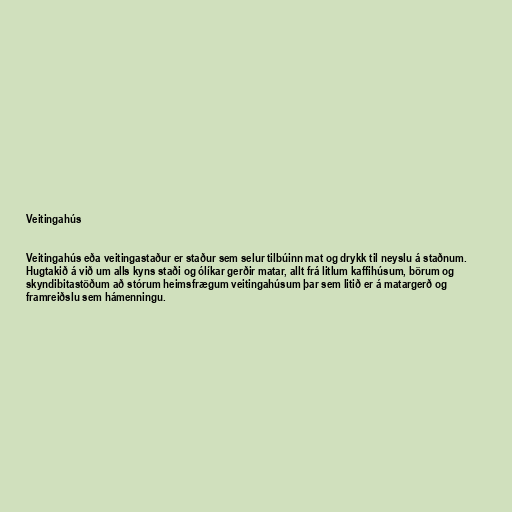
Veitingahús

Veitingahús eða veitingastaður er staður sem selur tilbúinn mat og drykk til neyslu á staðnum.
Hugtakið á við um alls kyns staði og ólíkar gerðir matar, allt frá litlum kaffihúsum, börum og
skyndibitastöðum að stórum heimsfrægum veitingahúsum þar sem litið er á matargerð og
framreiðslu sem hámenningu.